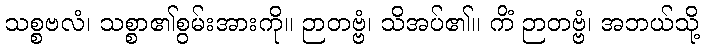
သစ္စဗလံ၊ သစ္စာ၏စွမ်းအားကို။ ဉာတဗ္ဗံ၊ သိအပ်၏။ ကိံ ဉာတဗ္ဗံ၊ အဘယ်သို့